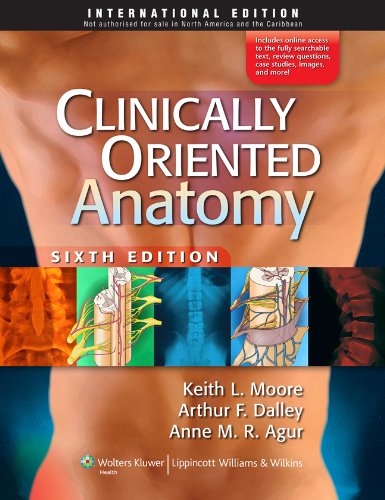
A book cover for Clinically Oriented Anatomy; Keith L. Moore MSc PhD FIAC FRSM FAAA; Medical Books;